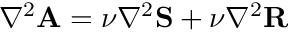
\nabla ^ { 2 } { \mathbf { A } } = \nu \nabla ^ { 2 } { \mathbf { S } } + \nu \nabla ^ { 2 } { \mathbf { R } }